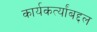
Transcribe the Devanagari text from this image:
कार्यकर्त्यांबद्दल